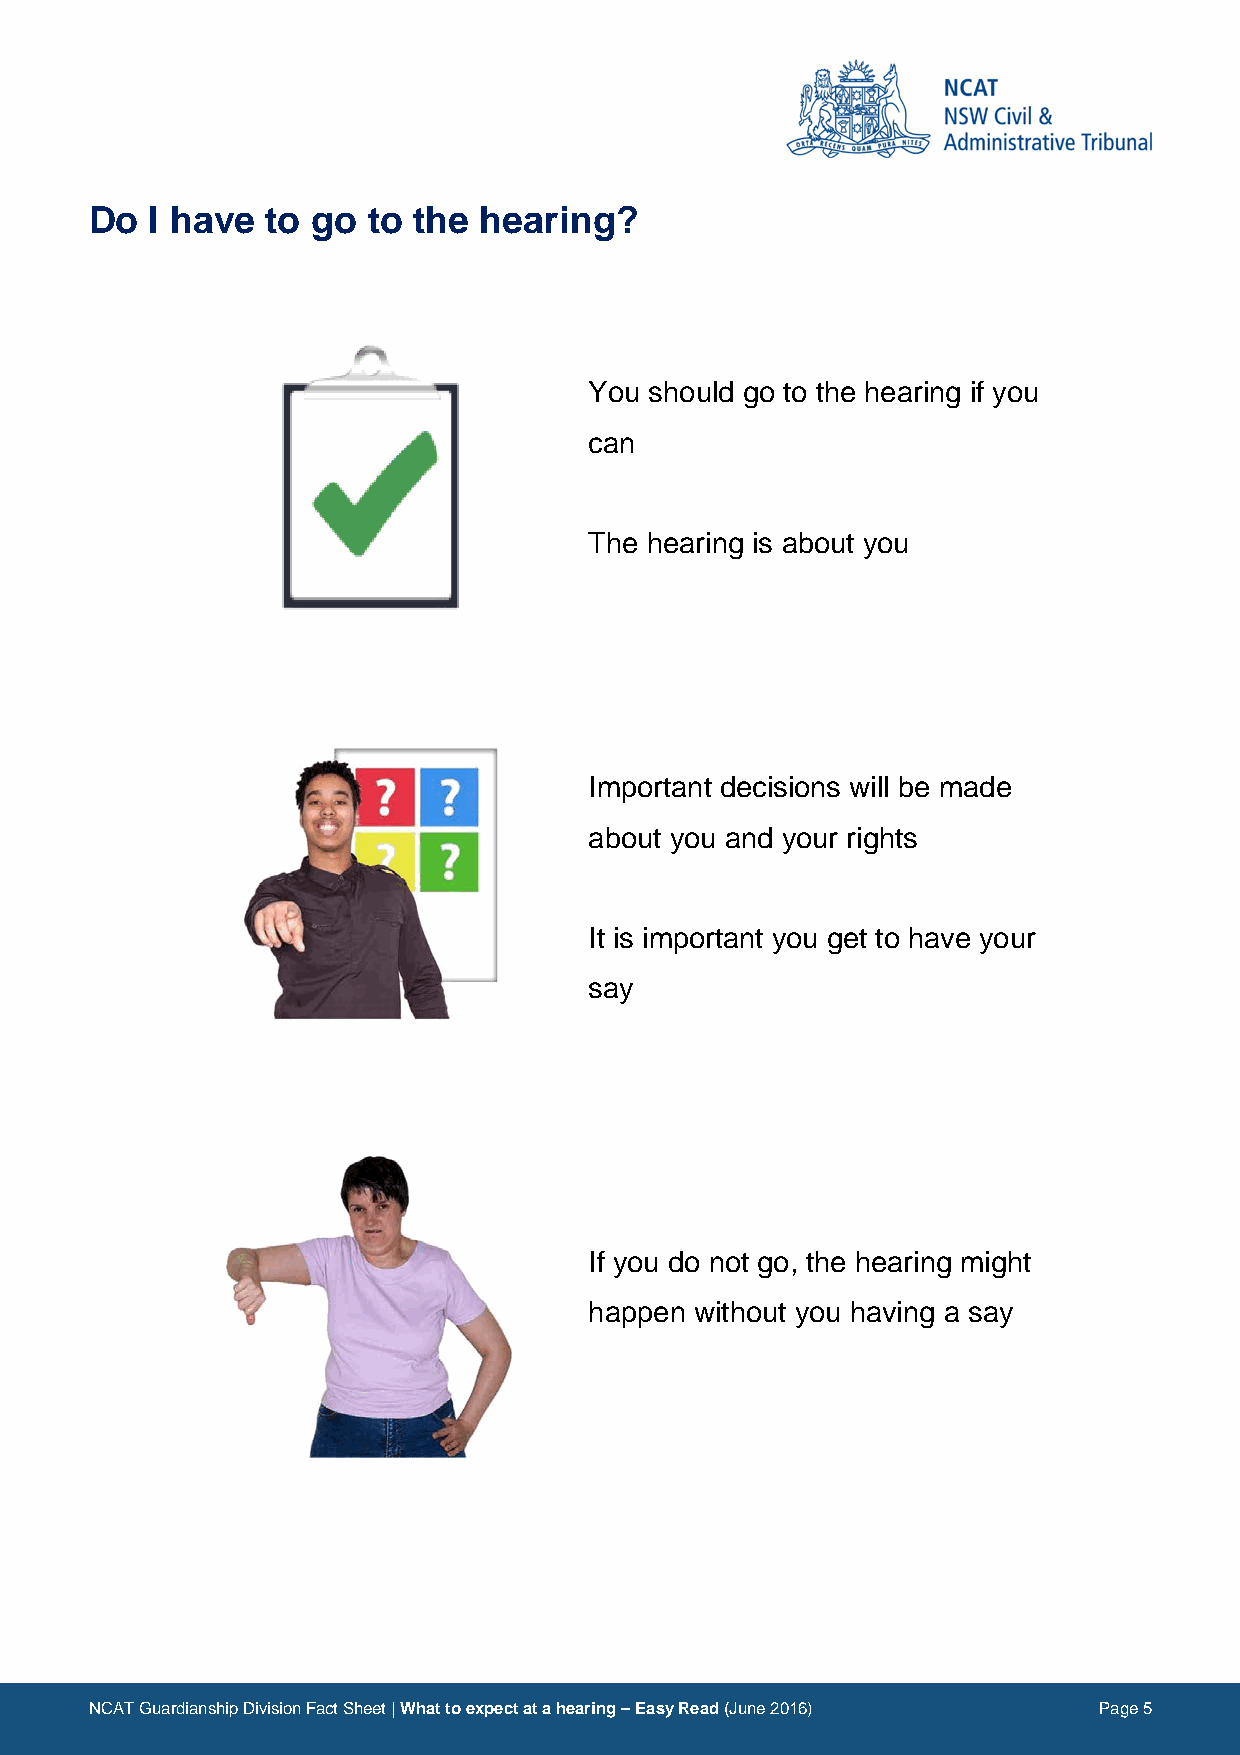
Do  I have  to go to the  hearing?
 Image                      Description
 You should go to the hearing if you
 can
 The hearing is about you
 Important decisions will be made
 about you and your rights
 It is important you get to have your
 say
 If you do not go, the hearing might
 happen without you having a say
 NCAT Guardianship Division Fact Sheet | What to expect at a hearing – Easy Read (June 2016) Page 5